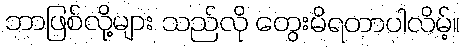
ဘာဖြစ်လို့များ သည်လို တွေးမိရတာပါလိမ့်။